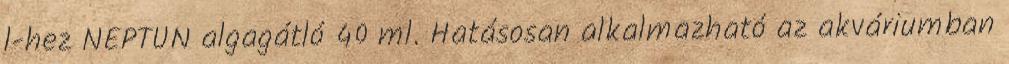
l-hez NEPTUN algagátló 40 ml. Hatásosan alkalmazható az akváriumban